Indian journal of veterinary science and animal husbandry - Volume 5,
Year: 1935
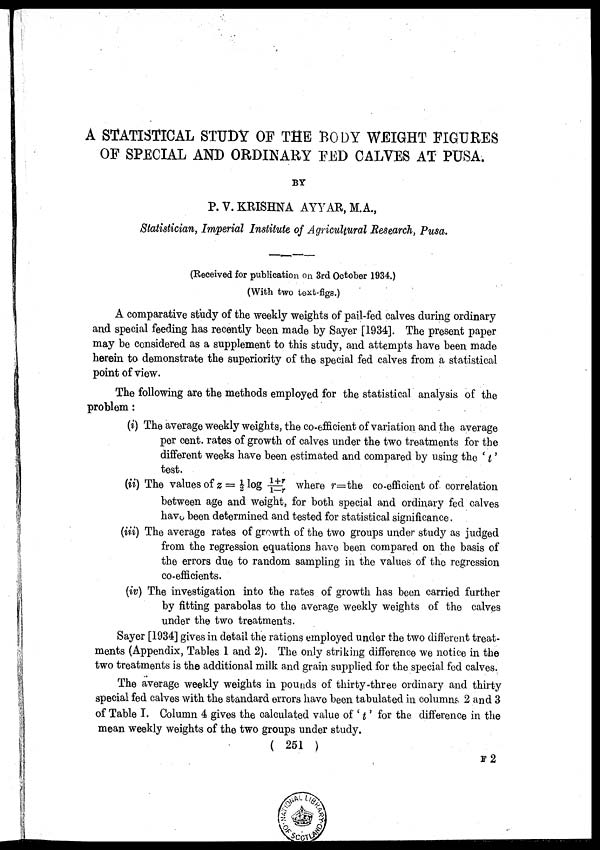
A STATISTICAL STUDY OF THE BODY WEIGHT FIGURES
OF SPECIAL AND ORDINARY FED CALVES AT PUSA.
BY
P. V. KRISHNA AYYAR, M.A.,
Statistician, Imperial Institute of Agricultural Research, Pusa.
(Received for publication on 3rd October 1934.)
(With two text-figs.)
A comparative study of the weekly weights of pail-fed calves during ordinary
and special feeding has recently been made by Sayer [1934]. The present paper
may be considered as a supplement to this study, and attempts have been made
herein to demonstrate the superiority of the special fed calves from a statistical
point of view.
The following are the methods employed for the statistical analysis of the
problem :
(i) The average weekly weights, the co-efficient of variation and the average
per cent. rates of growth of calves under the two treatments for the
different weeks have been estimated and compared by using the ' t '
test.
(ii) The values of z — ½ log 1+r / 1-r where r=the co-efficient of correlation
between age and weight, for both special and ordinary fed calves
have been determined and tested for statistical significance.
(iii) The average rates of growth of the two groups under study as judged
from the regression equations have been compared on the basis of
the errors due to random sampling in the values of the regression
co-efficients.
(iv) The investigation into the rates of growth has been carried further
by fitting parabolas to the average weekly weights of the calves
under the two treatments.
Sayer [1934] gives in detail the rations employed under the two different treat-
ments (Appendix, Tables 1 and 2). The only striking difference we notice in the
two treatments is the additional milk and grain supplied for the special fed calves.
The average weekly weights in pounds of thirty-three ordinary and thirty
special fed calves with the standard errors have been tabulated in columns 2 and 3
of Table I. Column 4 gives the calculated value of ' t ' for the difference in the
mean weekly weights of the two groups under study.
( 251 )
F 2